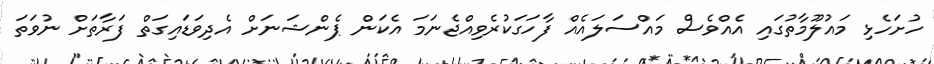
ހުށަހެޅި މައުލޫމާތުގައި އެއްވެސް މައްސަލައެއް ފާހަގަކުރެވިއްޖެނަމަ އެކަން ޕެންޝަނަށް އެދިވަޑައިގަތް ފަރާތަށް ނުވަތަ